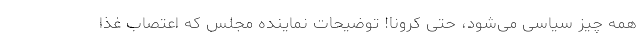
همه چیز سیاسی می‌شود، حتی کرونا! توضیحات نماینده مجلس که اعتصاب غذا